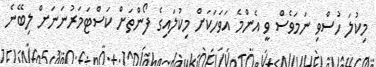
މިކުލަ ހުސްވި ނަމަވެސް ވީ އެންމެ އަވަހަކަށް މިކުލައިގެ ފޯންތަށް ކަސްޓަމަރުނަނަށް ލިބޭނެ